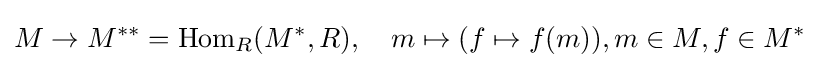
M\to M^{\ast \ast }=\operatorname {Hom} _{R}(M^{\ast },R),\quad m\mapsto (f\mapsto f(m)),m\in M,f\in M^{\ast }